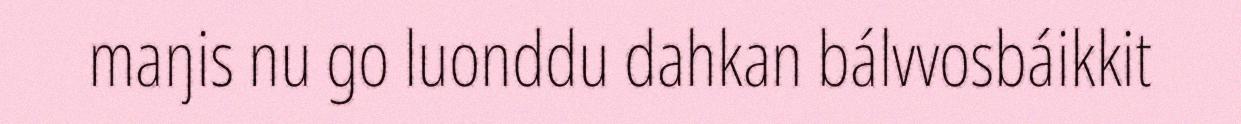
maŋis nu go luonddu dahkan bálvvosbáikkit